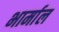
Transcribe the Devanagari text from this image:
भार्माल